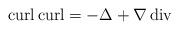
LaTeX: \begin{align*}\operatorname{curl}\operatorname{curl} = -\Delta+\nabla\operatorname{div}\end{align*}